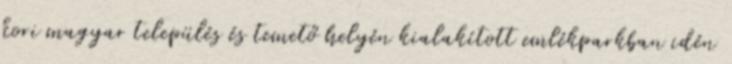
kori magyar település és temető helyén kialakított emlékparkban idén